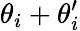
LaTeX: \theta_{i}+\theta_{i}^{\prime}